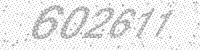
Solution: 602611